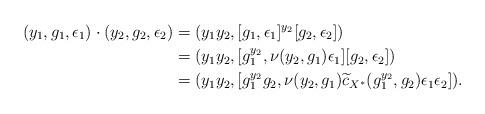
LaTeX: \begin{align*}(y_1, g_1, \epsilon_1)\cdot (y_2, g_2, \epsilon_2)&=(y_1y_2, [g_1, \epsilon_1]^{y_2}[g_2, \epsilon_2])\\& =(y_1y_2, [g_1^{y_2}, \nu(y_2, g_1)\epsilon_1][g_2, \epsilon_2])\\&=(y_1y_2, [g_1^{y_2}g_2, \nu( y_2,g_1)\widetilde{c}_{X^{\ast}}(g_1^{y_2}, g_2)\epsilon_1\epsilon_2]).\end{align*}